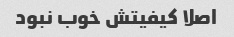
اصلا کیفیتش خوب نبود